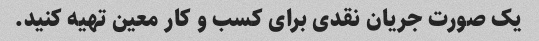
یک صورت جریان نقدی برای کسب و کار معین تهیه کنید.